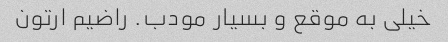
خیلی به موقع و بسیار مودب. راضیم ارتون